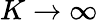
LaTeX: K\rightarrow\infty